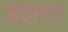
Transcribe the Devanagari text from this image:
झंझला